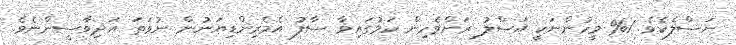
ނަސްލެކެވެ. 1% މީހުންނަކީ އަޞްލު ރަށްވެހިން ކަމުގައިވާ ސާފު އެމެރިންޑިޔަނުން ނުވަތަ އަދިވާސީންނެވެ.